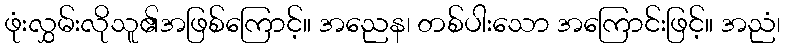
ဖုံးလွှမ်းလိုသူ၏အဖြစ်ကြောင့်။ အညေန၊ တစ်ပါးသော အကြောင်းဖြင့်။ အညံ၊